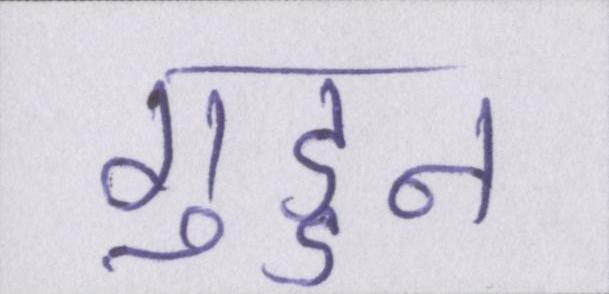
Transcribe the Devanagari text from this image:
गुड्डन